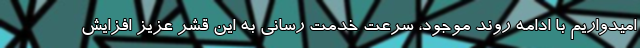
امیدواریم با ادامه روند موجود، سرعت خدمت رسانی به این قشر عزیز افزایش